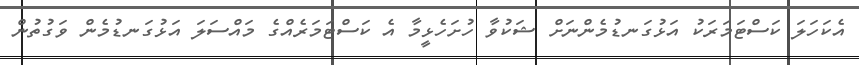
އެކަހަލަ ކަސްޓަމަރަކު އަޅުގަނޑުމެންނަށް ޝަކުވާ ހުށަހެޅީމާ އެ ކަސްޓަމަރެއްގެ މައްސަލަ އަޅުގަނޑުމެން ވަގުތުން